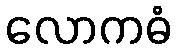
လောကဓံ